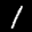
Label: 1